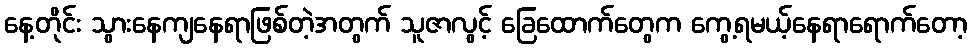
နေ့တိုင်း သွားနေကျနေရာဖြစ်တဲ့အတွက် သူဇာလွင့် ခြေထောက်တွေက ကွေ့ရမယ့်နေရာရောက်တော့